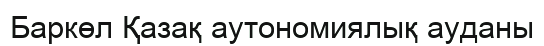
Баркөл Қазақ аутономиялық ауданы